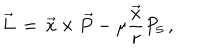
\vec { L } \, = \, \vec { x } \times \vec { P } - \mu \frac { \vec { x } } { r } P _ { 5 } \, ,